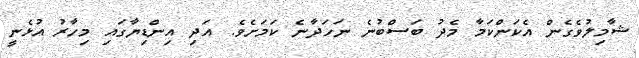
ޝާމިލުވެގެން އެކަންކަމާ މެދު ބަސްބުނެ ނަހަދާނެ ކަމަށެވެ. އަދި އިންޑިޔާގައި މިހާރު އުޅެނީ